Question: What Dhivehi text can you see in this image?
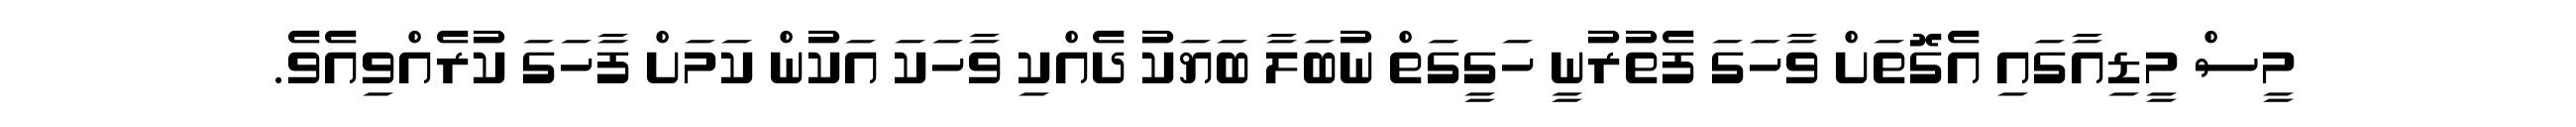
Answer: މީސް މީޑިއާގައި އެގޮތަށް ވާހަގަ ފެތުރުނީ ހަގީގަތް ނުބަލާ ބަޔަކު ދެއްކި ވާހަކަ އަކުން ކަމަށް ފާހަގަ ކުރެއްވިއެވެ.